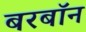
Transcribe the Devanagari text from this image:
बरबॉन